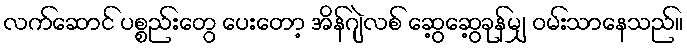
လက်ဆောင် ပစ္စည်းတွေ ပေးတော့ အိန်ဂျဲလစ် ဆွေ့ဆွေ့ခုန်မျှ ဝမ်းသာနေသည်။